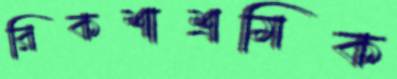
রিকশাশ্রমিক